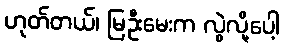
ဟုတ်တယ်၊ မြဦးမေးက လွဲလို့ပေါ့